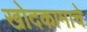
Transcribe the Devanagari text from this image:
खोदकामाचे